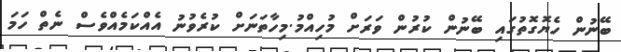
ބޭނުން ހެޔޮގޮތުގައި ބޭނުން ކުރުން ވަރަށް މުހިއްމު.މިހާތަނަށް ކުރެވުނު އެއްކަމެއްވެސް ނެތް ހަމަ